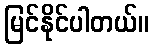
မြင်နိုင်ပါတယ်။